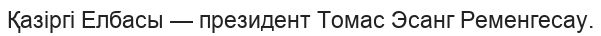
Қазіргі Елбасы — президент Томас Эсанг Ременгесау.